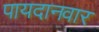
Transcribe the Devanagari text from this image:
पायदानवार